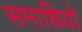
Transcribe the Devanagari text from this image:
समाधियो